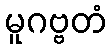
မူဂဗ္ဗတံ